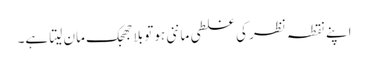
اپنے نقطہ نظر کی غلطی ماننی ہوتو بلا جھجک مان لیتا ہے۔